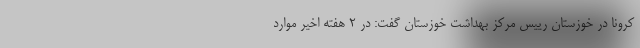
کرونا در خوزستان رییس مرکز بهداشت خوزستان گفت: در ۲ هفته اخیر موارد